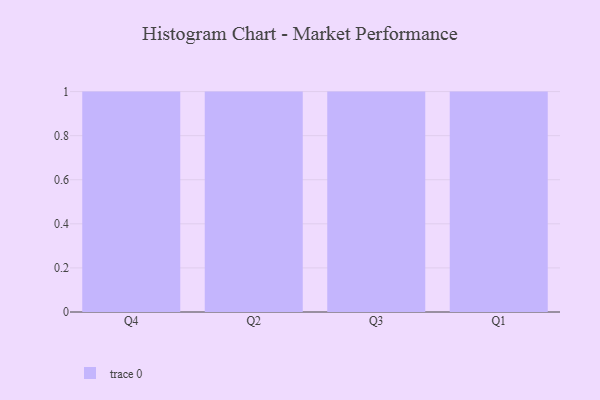
{"axis": {"x": "Quarter", "y": "Production Output"}, "legend": [""], "data": [{"x": "Q4", "y": 5, "type": ""}, {"x": "Q2", "y": 7, "type": ""}, {"x": "Q3", "y": 55, "type": ""}, {"x": "Q1", "y": 70, "type": ""}]}